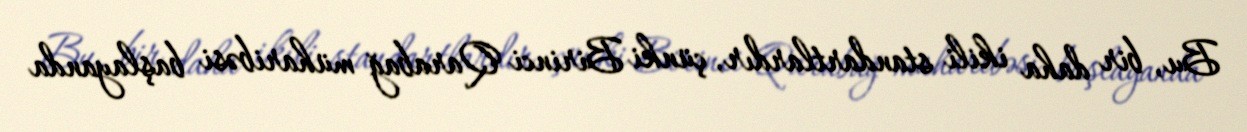
Bu, bir daha ikili standartlardır, çünki Birinci Qarabağ müharibəsi başlayanda